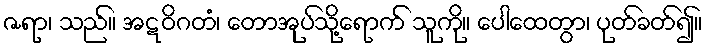
ဇရာ၊ သည်။ အဋဝိဂတံ၊ တောအုပ်သို့ရောက် သူကို။ ပေါထေတွာ၊ ပုတ်ခတ်၍။